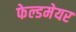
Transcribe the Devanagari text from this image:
फेल्डमेयर